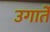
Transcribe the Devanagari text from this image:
उगार्ते